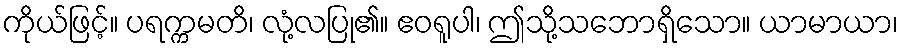
ကိုယ်ဖြင့်။ ပရက္ကမတိ၊ လုံ့လပြု၏။ ဧဝရူပါ၊ ဤသို့သဘောရှိသော။ ယာမာယာ၊